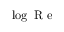
\log \mathrm { ~ R ~ e ~ }